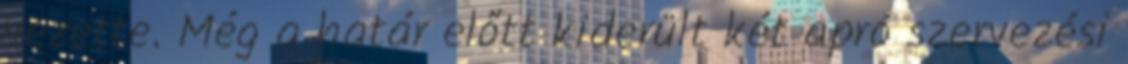
vezette. Még a határ előtt kiderült két apró szervezési